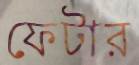
ফেটার